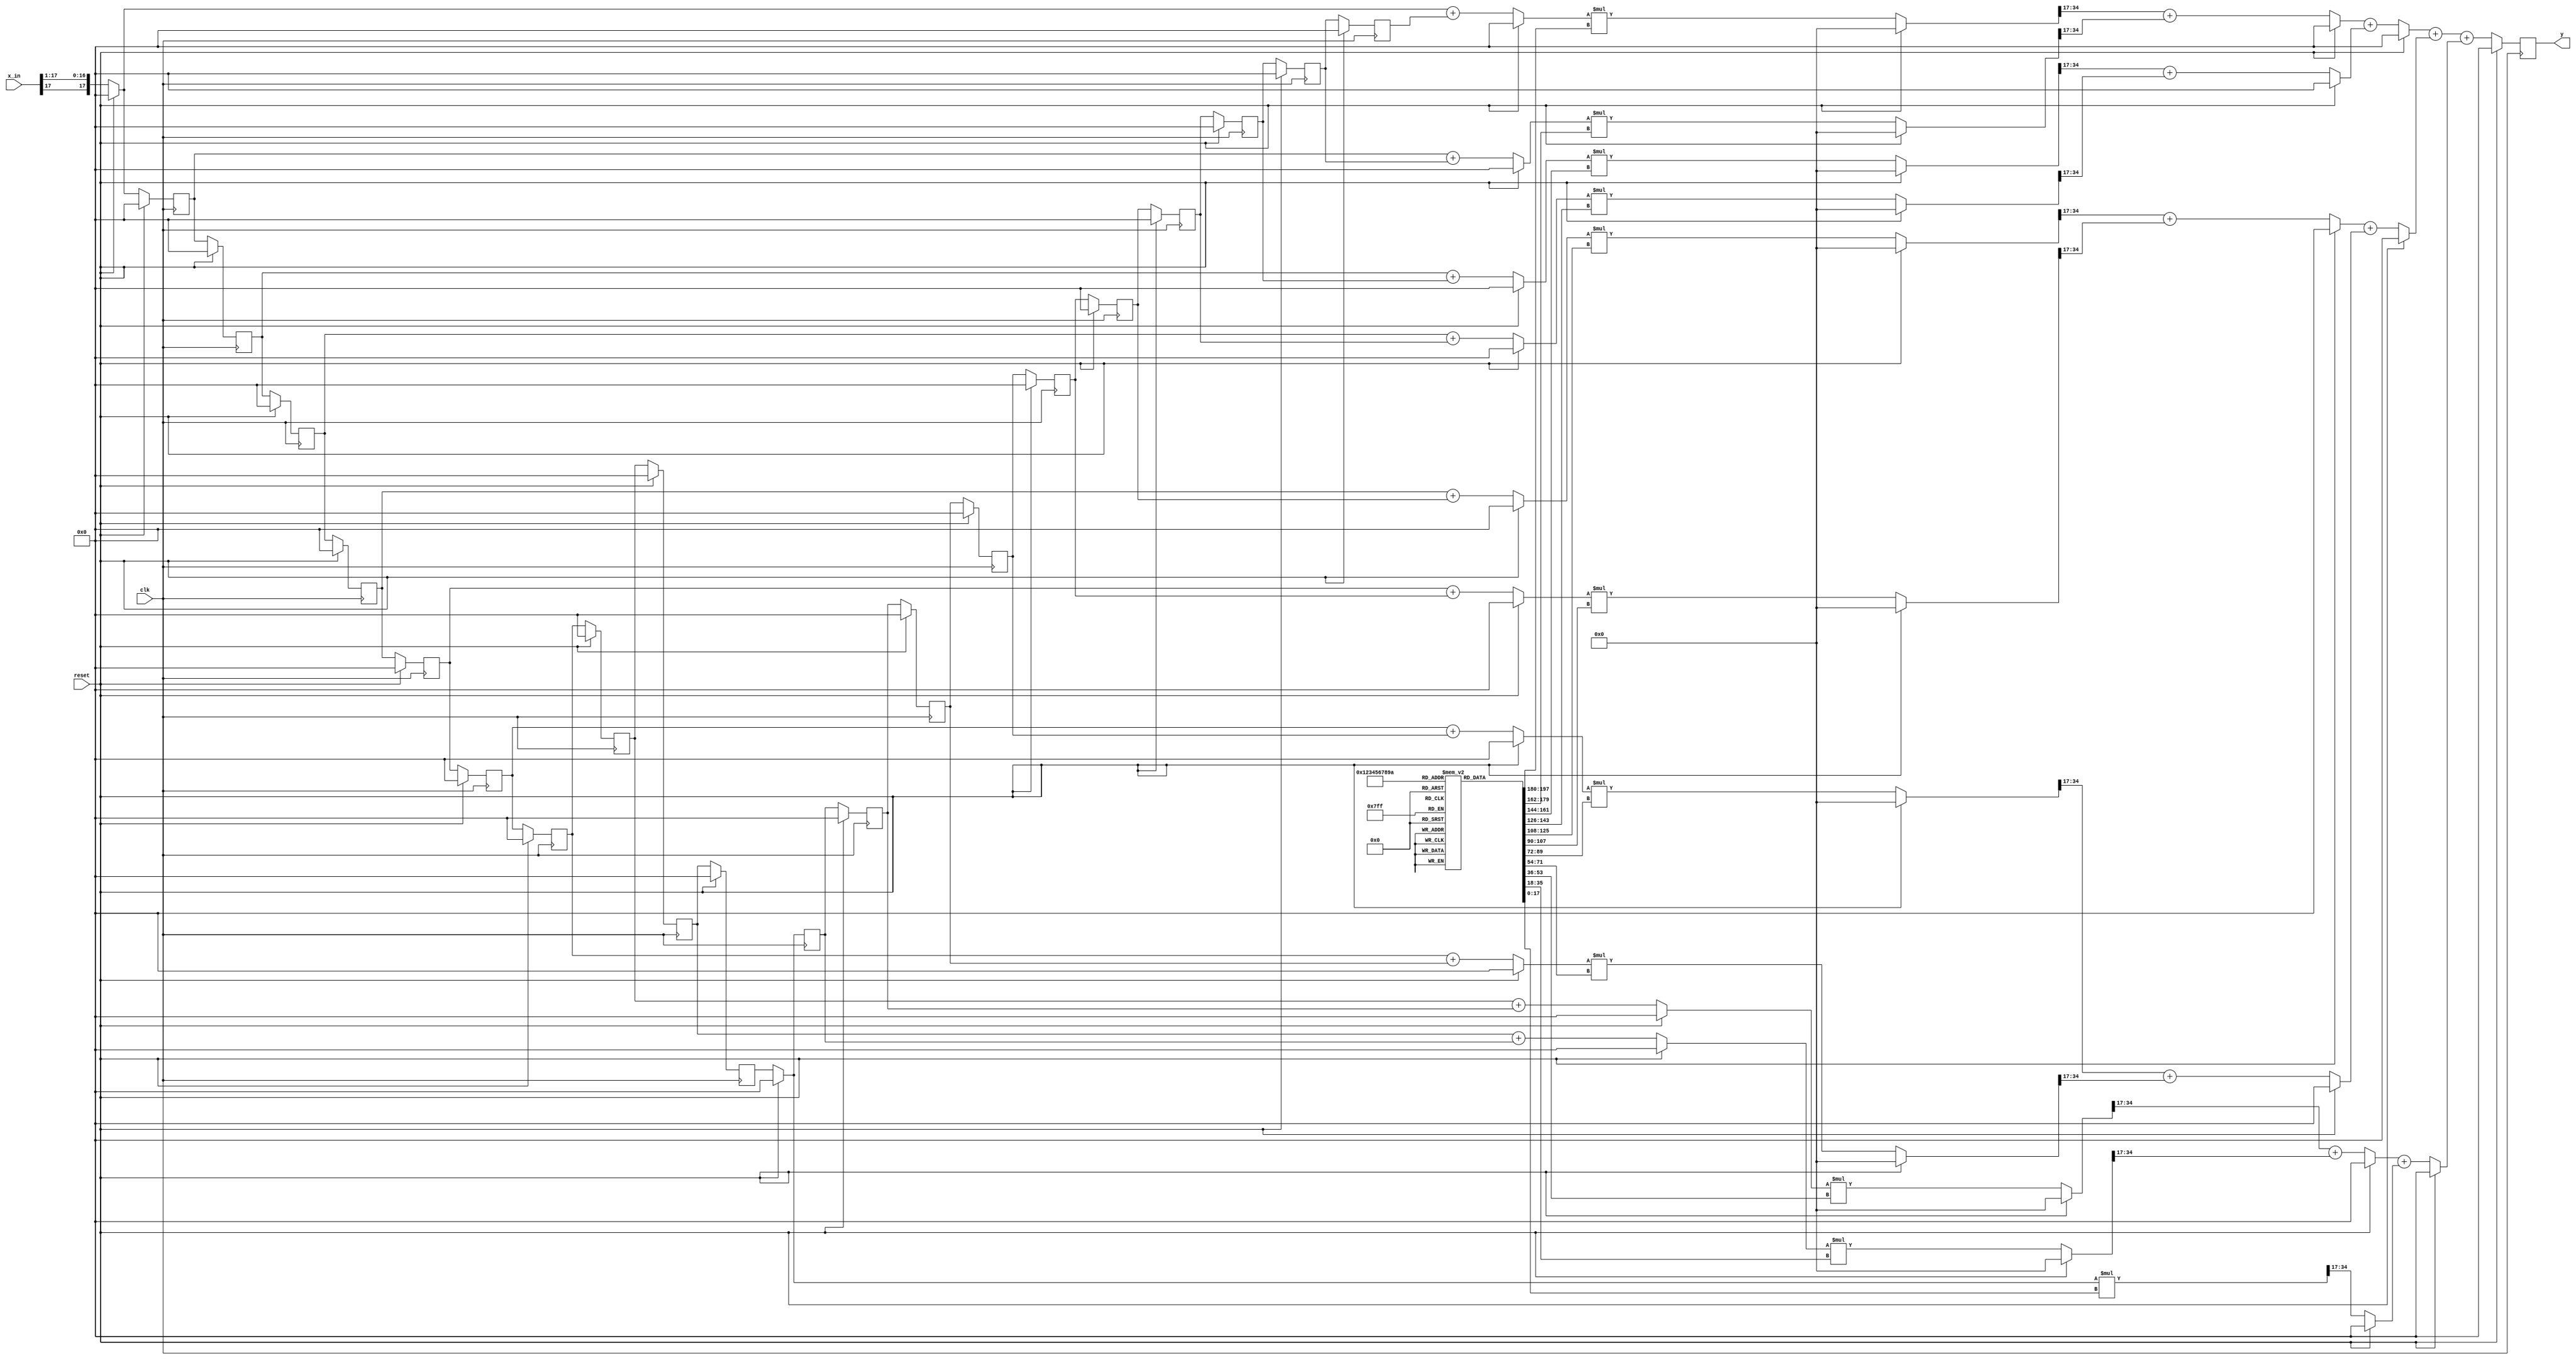
module TX_filt (
          input clk, reset,
		   input signed [17:0] x_in,
		   output reg signed [17:0] y   );
			
/*
reg signed [17:0] b0, b1, b2, b3, b4, b5, b6, b7,
                  b8, b9, b10, b11, b12, b13, b14, b15;
reg signed [17:0] x0, x1, x2, x3, x4, x5, x6, x7, x8, x9,
                  x10, x11, x12, x13, x14, x15, x16, x17,
						x18, x19, 
						X20, X21, X2, X2, X2, X2, X2, 
						X2, X2, X2, 
*/
integer i;	
//coeff is 0s18
reg signed [17:0]	b[10:0];	
//input is 1s17			 
reg signed [17:0]	x[20:0];	
(* noprune *) reg signed [35:0] mult_out[10:0];
(* noprune *) reg signed [17:0] sum_level_1[10:0];
(* noprune *) reg signed [17:0] sum_level_2[5:0];
(* noprune *) reg signed [17:0] sum_level_3[2:0];
(* noprune *) reg signed [17:0] sum_level_4[1:1];


//sign extend input to prevent overflow in sum_level_1
//always @ (posedge clk)    //for quartus
always @ *  //for modelSim
    if (reset) begin
			x[0] = 18'sd0;
    end
    else begin
	    x[0] = $signed( {x_in[17], x_in[17:1]} ); 
    end

//x_in[i] is 2s16
always @ (posedge clk)
    if (reset) begin
        for(i=1; i<21;i=i+1)
            x[i] <= 18'sd0;
    end
    else begin
        for(i=1; i<21;i=i+1)
            x[i] <= $signed( x[i-1] ); 
    end


//1s17 + 1s17 will cause overflow for sum_lvl_1[i]
always @ *
    if (reset) begin
		 for(i=0;i<=9;i=i+1)
			  sum_level_1[i] = 18'sd0;
    end
    else begin
		 for(i=0;i<=9;i=i+1)
			  sum_level_1[i] = $signed(x[i])+$signed(x[20-i]);
    end

always @ *
    if (reset) sum_level_1[10] = 18'sd0;
	 else sum_level_1[10] = $signed(x[10]);


// always @ (posedge clk)
always @ *
    if (reset) begin
		 for(i=0;i<=10; i=i+1)
		 //should be 2s34 (2s16*0s18)
			  mult_out[i] = 35'sd0;
    end
    else begin
		 for(i=0;i<=10; i=i+1)
		 //should be 2s34 (2s16*0s18)
			  mult_out[i] = $signed(sum_level_1[i]) * $signed(b[i]);
    end

//coeffs are 0s17, x[i] is 2s16
always @ *
    if (reset) begin
		 for(i=0;i<=4;i=i+1)
			  sum_level_2[i] = 18'sd0;
    end
    else begin
		 for(i=0;i<=4;i=i+1)
			  sum_level_2[i] = $signed( mult_out[2*i][34:17] ) + $signed( mult_out[2*i+1][34:17] );
    end

always @ *
    if (reset) sum_level_2[5] = 18'sd0;
	 else sum_level_2[5] = $signed(mult_out[10][34:17]);
    
always @ *
    if (reset) begin
		 for(i=0;i<=2;i=i+1)
			  sum_level_3[i] = 18'sd0;
    end
    else begin
		 for(i=0;i<=2;i=i+1)
			  sum_level_3[i] = $signed(sum_level_2[2*i]) + $signed(sum_level_2[2*i+1]);
    end
			
always @ *
    if (reset) sum_level_4[1] = 18'sd0;
	else sum_level_4[1] = $signed(sum_level_3[0]) + $signed(sum_level_3[1]) + $signed(sum_level_3[2]);
    

always @ (posedge clk)
    if (reset) y = 18'sd0;
	 else y = $signed(sum_level_4[1]);

	
//always @ *	//<- Don't use this especially in modelsim
initial
   begin

	b[0] = 18'sd67;
	b[1] = 18'sd1261;
	b[2] = 18'sd1793;
	b[3] = -18'sd81;
	b[4] = -18'sd4311;
	b[5] = -18'sd7524;
	b[6] = -18'sd4326;
	b[7] = 18'sd8596;
	b[8] = 18'sd28599;
	b[9] = 18'sd47153;
	b[10] = 18'sd54721;

   end

/* for debugging
always@ *
for (i=0; i<=15; i=i+1)
if (i==15) % center coefficient
b[i] = 18'sd 131071; % almost 1 i.e. 1-2^(17)
else b[i] =18'sd0; % other than center coefficient
*/

/* for debugging
always@ *
for (i=0; i<=15; i=i+1)
 b[i] =18'sd 8192; % value of 1/16
*/
endmodule